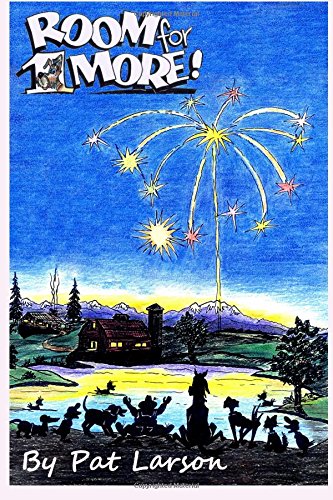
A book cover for Room For One More; Pat Larson; Parenting & Relationships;